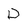
Character: D